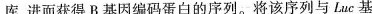
库，进而获得B基因编码蛋白的序列。将该序列与Luc基